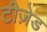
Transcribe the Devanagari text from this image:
टीज़ेड